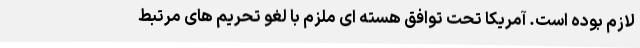
لازم بوده است. آمریکا تحت توافق هسته ای ملزم با لغو تحریم های مرتبط